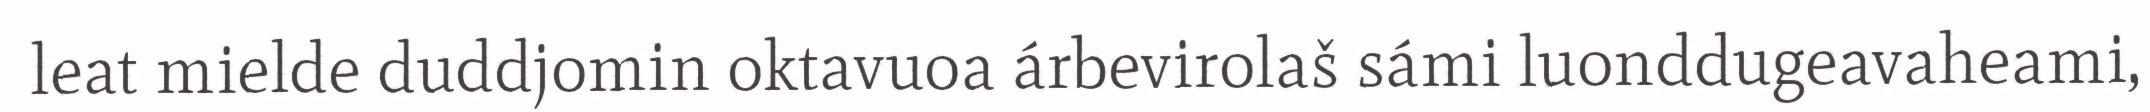
leat mielde duddjomin oktavuoa árbevirolaš sámi luonddugeavaheami,